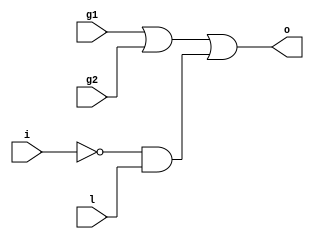
`timescale 1ns/1ps

module lab3(
      input  i,
      input  l,
      input  g1,
      input  g2,
      output o);

   reg       i_inv;
   reg       landi_inv;
   reg       g1org2;
   reg       landi_inv_or_g1org2;
  

   always @(i , l , g1 , g2) begin
   i_inv = ~(i);
   landi_inv = i_inv & l;
   g1org2 = g1 | g2;
   landi_inv_or_g1org2 = g1org2 | landi_inv;
  
   end

   assign o = landi_inv_or_g1org2;
endmodule